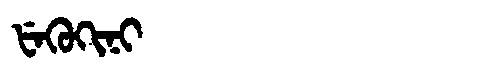
Manchu: ᡶᡝᡴᡠᡴᡳᠨᡳ
Romanization: FEKUKINI